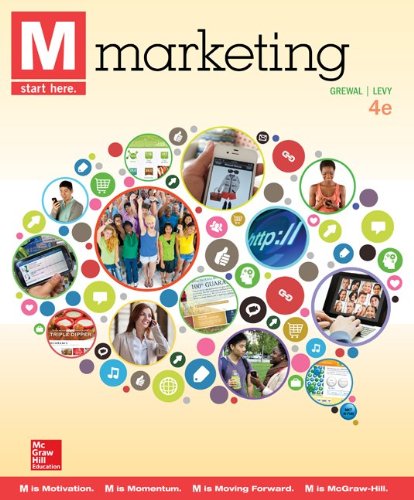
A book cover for M: Marketing; Dhruv Grewal; Business & Money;